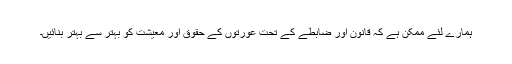
ہمارے لئے ممکن ہے کہ قانون اور ضابطے کے تحت عورتوں کے حقوق اور معیشت کو بہتر سے بہتر بنائیں۔